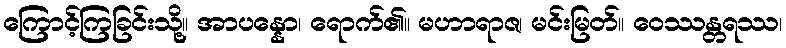
ကြောင့်ကြခြင်းသို့။ အာပန္နော၊ ရောက်၏။ မဟာရာဇ၊ မင်းမြတ်။ ဝေဿန္တရဿ၊